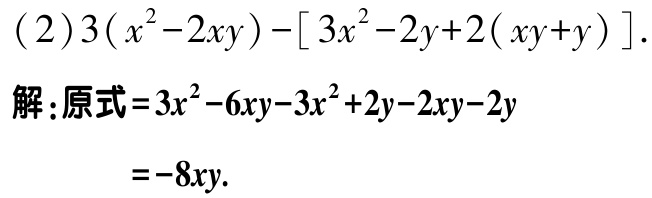
\[(2)3(x^{2}-2xy)-[3x^{2}-2y + 2(xy + y)].\]

解：原式\(=3x^{2}-6xy-3x^{2}+2y-2xy - 2y\)

\(=-8xy.\)